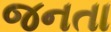
જનતા